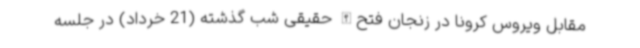
مقابل ویروس کرونا در زنجان فتح‌الله حقیقی شب گذشته (21 خرداد) در جلسه